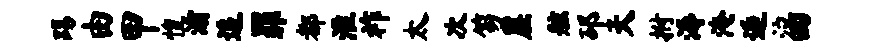
踢由甲惶灞追罪都淮祚太次笏崖舷邳天拊溽淹逅泣四